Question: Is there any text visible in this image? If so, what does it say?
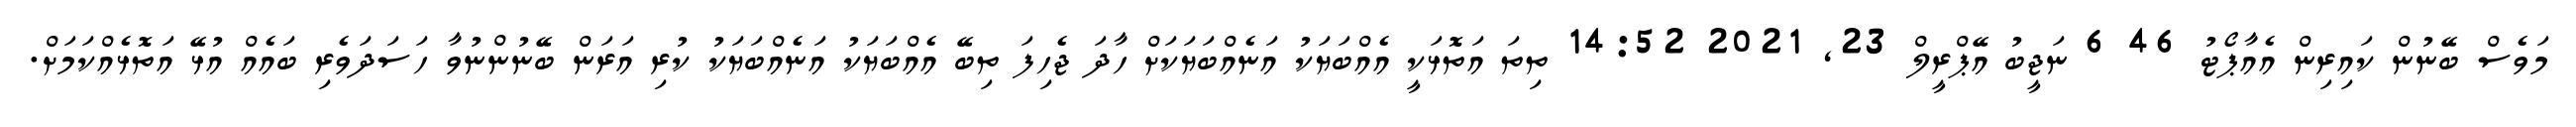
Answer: މަވެސް ބޭނުން ކައިރިން އެއާޕޯޓު 46 6 ނަޖީބު އޭޕްރީލް 23, 2021 14:52 ތިތަ އަތޮޅަކީ އެއްބަޔަކު އަނެއްބަޔަކަށް ހާދަ ޖެހިފަ ތިބޭ އެއްބަޔަކު އަނެއްބަޔަކު ކުރި އަރަން ބޭނުންނުވާ ހަސަދަވެރި ބައެއް އުޅޭ އަތޮޅެއްކަމަށް.